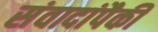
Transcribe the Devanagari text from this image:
संवादांपैकी